Report of the Indian Hemp Drugs Commission, 1894-1895 - Volume III
Year: 1894
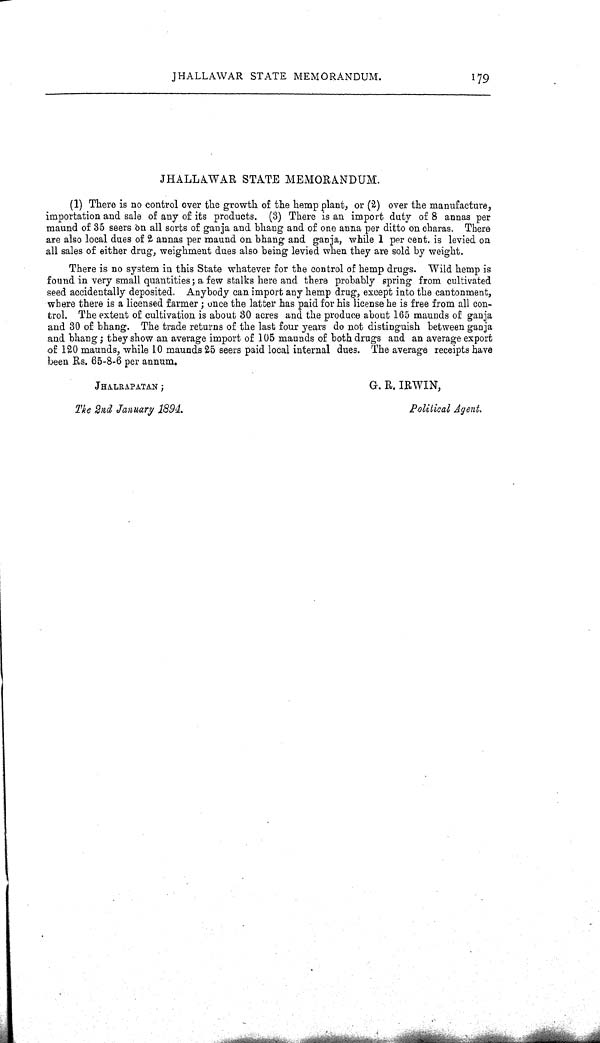
JHALLAWAR STATE MEMORANDUM.
179
JHALLAWAR STATE MEMORANDUM.
(1) There is no control over the growth of the hemp plant, or (2) over the manufacture,
importation and sale of any of its products. (3) There is an import duty of 8 annas per
maund of 35 seers on all sorts of ganja and bhang and of one anna per ditto on charas. There
are also local dues of 2 annas per maund on bhang and ganja, while 1 per cent is levied on
all sales of either drug, weighment dues also being levied when they are sold by weight.
There is no system in this State whatever for the control of hemp drugs. Wild hemp is
found in very small quantities; a few stalks here and there probably spring from cultivated
seed accidentally deposited. Anybody can import any hemp drug, except into the cantonment,
where there is a licensed farmer; once the latter has paid for his license he is free from all con-
trol. The extent of cultivation is about 30 acres and the produce about 165 maunds of ganja
and 30 of bhang. The trade returns of the last four years do not distinguish between ganja
and bhang; they show an average import of 105 maunds of both drugs and an average export
of 120 maunds, while 10 maunds 25 seers paid local internal dues. The average receipts have
been Rs. 65-8-6 per annum.
JHALRAPATAN;
G. R. IRWIN,
The 2nd January
1894.
Political Agent.